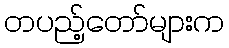
တပည့်တော်များက